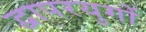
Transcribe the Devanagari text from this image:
द्वापरयुगों